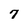
Character: 7